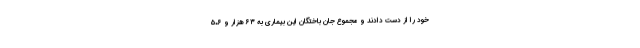
خود را از دست دادند و مجموع جان باختگان این بیماری به ۶۳ هزار و ۵۰۶